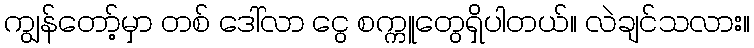
ကျွန်တော့်မှာ တစ် ဒေါ်လာ ငွေ စက္ကူတွေရှိပါတယ်။ လဲချင်သလား။